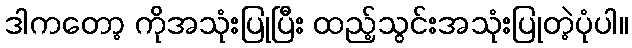
ဒါကတော့ ကိုအသုံးပြုပြီး ထည့်သွင်းအသုံးပြုတဲ့ပုံပါ။